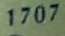
1707